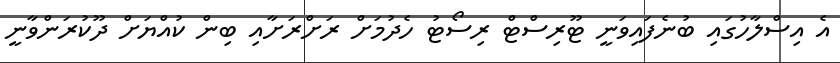
އެ އިސްލާހުގައި ބުނެފައިވަނީ ޓޫރިސްޓް ރިސޯޓު ހެދުމަށް ރަށްރަށާއި ބިން ކުއްޔަށް ދޫކުރަންވާނީ